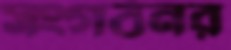
সংগঠনর